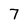
Character: 7